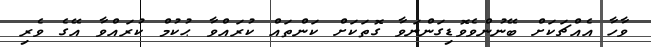
ވާހާ އެއްޗަކަށް ބޭނުންވެވޮޑިގަންނަވާ ގޮތަކަށް ކަންތައް ކުރައްވާ ޙުކުމް ކުރައްވާ އޭގެ ވެރި